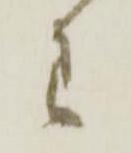
わ